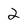
Character: 2